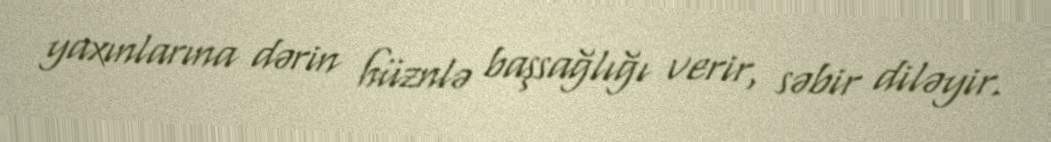
yaxınlarına dərin hüznlə başsağlığı verir, səbir diləyir.